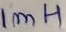
Text: 1mH